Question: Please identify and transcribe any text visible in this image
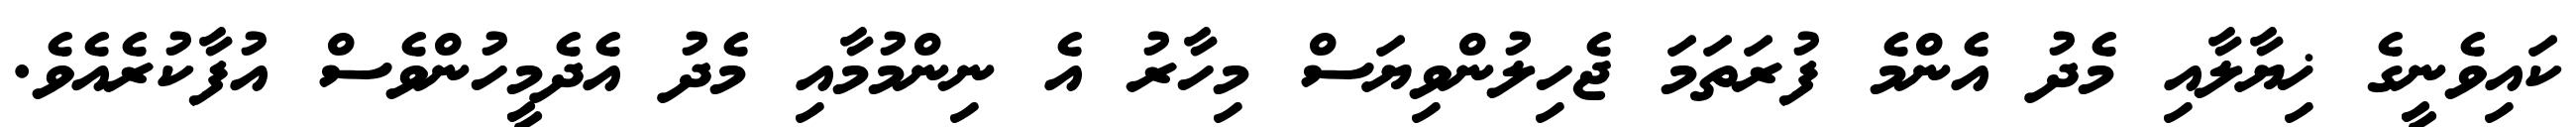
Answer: ކައިވެނީގެ ޚިޔާލާއި މެދު އެންމެ ފުރަތަމަ ޖެހިލުންވިޔަސް މިހާރު އެ ނިންމުމާއި މެދު އެދެމީހުންވެސް އުފާކުރެއެވެ.